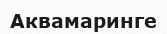
Аквамаринге